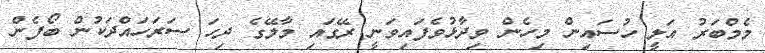
މެމްބަރު އަލީ ހުސައިން މިހެން ވިދާޅުވެފައިވަނީ ރޭގައި މާލޭގެ ދިހަ ސަރަހައްދަކުން ބޯފެން